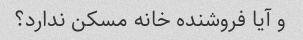
و آیا فروشنده خانه مسکن ندارد؟